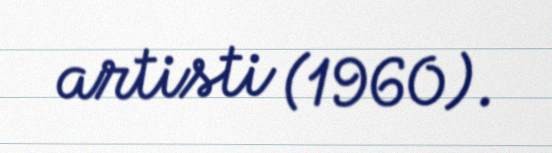
artisti (1960).